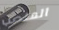
المنصب